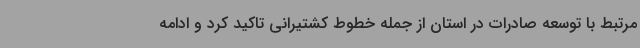
مرتبط با توسعه صادرات در استان از جمله خطوط کشتیرانی تاکید کرد و ادامه